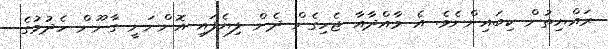
ރައްޔިތުން ކިބައިންނެވެ. އެ މާއްދާއާ ޖެހިގެން ދެން ލިޔެފައި އޮންނަނީ ގާނޫން ހެދުމުގެ